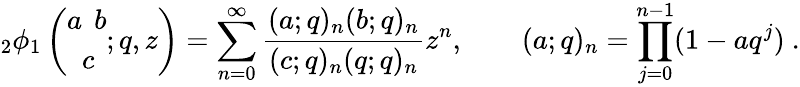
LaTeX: {}_{2}\phi_{1}\left(\begin{array}{l}{{a\phantom{c}b}}\\ {{\phantom{a}c\phantom{b}}}\end{array};q,z\right)=\sum_{n=0}^{\infty}\frac{(a;q)_{n}(b;q)_{n}}{(c;q)_{n}(q;q)_{n}}z^{n},\qquad(a;q)_{n}=\prod_{j=0}^{n-1}(1-aq^{j})~.